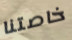
خاصتنا